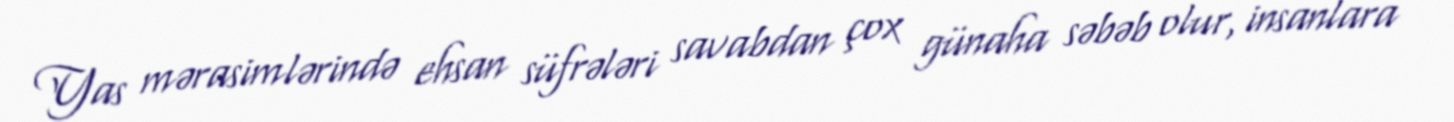
Yas mərasimlərində ehsan süfrələri savabdan çox günaha səbəb olur, insanlara